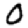
Digit: 0